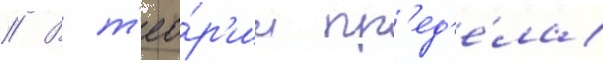
// В т'ео́р'ии пр'ед'е́ла